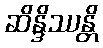
ဆိန္ဒိဿန္တိ